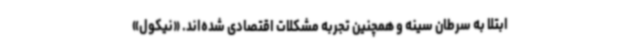
ابتلا به سرطان سینه و همچنین تجربه مشکلات اقتصادی شده‌اند. «نیکول»